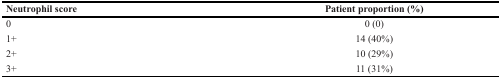
<table><thead><tr><td><b>Neutrophil score</b></td><td><b>Patient proportion (%)</b></td></tr></thead><tbody><tr><td>0</td><td>0 (0)</td></tr><tr><td>1+</td><td>14 (40%)</td></tr><tr><td>2+</td><td>10 (29%)</td></tr><tr><td>3+</td><td>11 (31%)</td></tr></tbody></table>